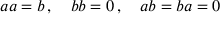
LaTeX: \textstyle a a = b \, , \quad b b = 0 \, , \quad a b = b a = 0